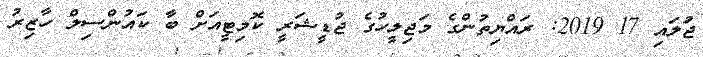
ޖުަލައި 17 2019: ރައްޔިތުންގެ މަޖިލީހުގެ ޖުޑީޝަރީ ކޮމިޓީއަށް ބާ ކައުންސިލް ހާޒިރު